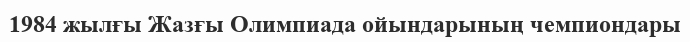
1984 жылғы Жазғы Олимпиада ойындарының чемпиондары